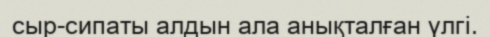
сыр-сипаты алдын ала анықталған үлгі.